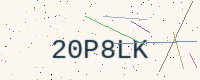
Text: 20P8LK